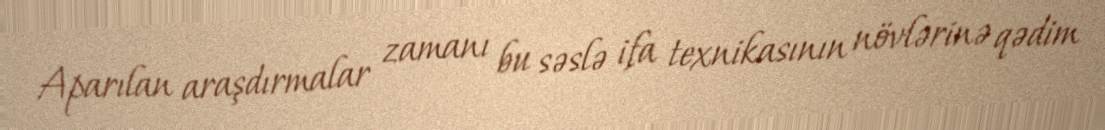
Aparılan araşdırmalar zamanı bu səslə ifa texnikasının növlərinə qədim